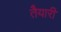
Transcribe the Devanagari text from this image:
तैेयारी